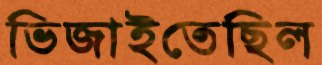
ভিজাইতেছিল